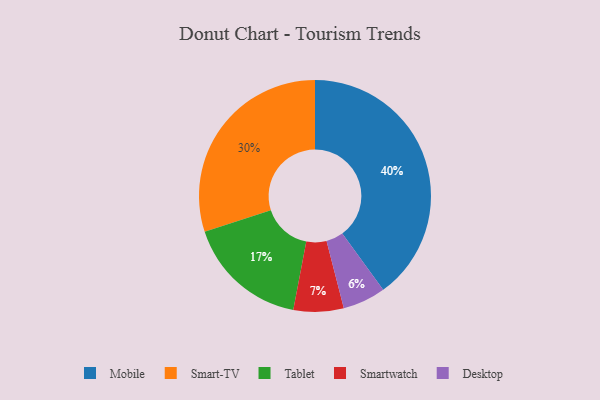
{"axis": {"x": "Category", "y": "Percentage"}, "legend": ["Desktop", "Mobile", "Smart-TV", "Smartwatch", "Tablet"], "data": [{"x": "Tablet", "y": 17, "type": "Tablet"}, {"x": "Smartwatch", "y": 7, "type": "Smartwatch"}, {"x": "Smart-TV", "y": 30, "type": "Smart-TV"}, {"x": "Mobile", "y": 40, "type": "Mobile"}, {"x": "Desktop", "y": 6, "type": "Desktop"}]}